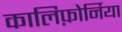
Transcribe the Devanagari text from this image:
कालिफ़ोर्निया